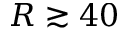
R \gtrsim 4 0